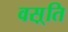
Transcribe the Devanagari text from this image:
वस़्ति